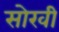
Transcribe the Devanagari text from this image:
सोखी